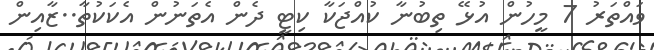
ވައްތަރު 7 މީހުން އުޅޭ ތިބުނާ ކުއްޖަކާ ކިޓީ ދެން އެތަނުން އެކަކުތާ..ޒާއިން